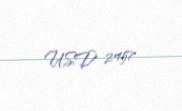
USD 2457